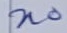
Text: n0